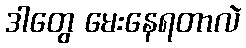
ဒါတွေ မေးနေရတာလဲ